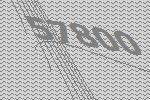
57800